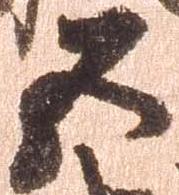
五